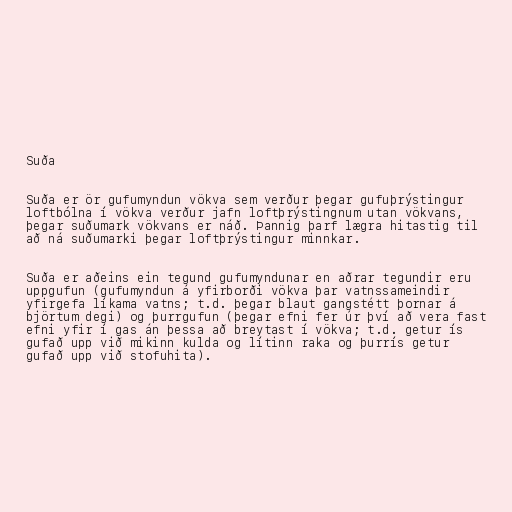
Suða

Suða er ör gufumyndun vökva sem verður þegar gufuþrýstingur
loftbólna í vökva verður jafn loftþrýstingnum utan vökvans,
þegar suðumark vökvans er náð. Þannig þarf lægra hitastig til
að ná suðumarki þegar loftþrýstingur minnkar.

Suða er aðeins ein tegund gufumyndunar en aðrar tegundir eru
uppgufun (gufumyndun á yfirborði vökva þar vatnssameindir
yfirgefa líkama vatns; t.d. þegar blaut gangstétt þornar á
björtum degi) og þurrgufun (þegar efni fer úr því að vera fast
efni yfir í gas án þessa að breytast í vökva; t.d. getur ís
gufað upp við mikinn kulda og lítinn raka og þurrís getur
gufað upp við stofuhita).